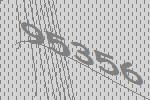
95356